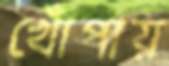
খোঁপায়